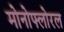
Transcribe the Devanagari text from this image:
मोनोफ्लोरल